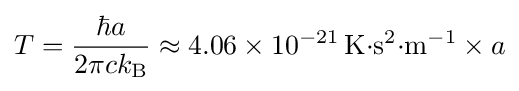
T={\frac {\hbar a}{2\pi ck_{\mathrm {B} }}}\approx 4.06\times 10^{-21}\,\mathrm {K{\cdot }s^{2}{\cdot }m^{-1}} \times a